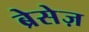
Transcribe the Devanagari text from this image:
ब्रेसेज़